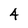
Character: 4